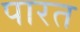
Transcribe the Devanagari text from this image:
पारत